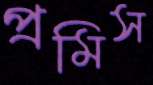
প্রমিস